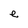
Character: e